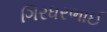
ગિરધરભાઈ